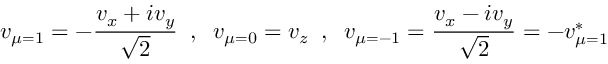
v _ { \mu = 1 } = - \frac { v _ { x } + i v _ { y } } { \sqrt { 2 } } \; \; , \; \; v _ { \mu = 0 } = v _ { z } \; \; , \; \; v _ { \mu = - 1 } = \frac { v _ { x } - i v _ { y } } { \sqrt { 2 } } = - v _ { \mu = 1 } ^ { * }